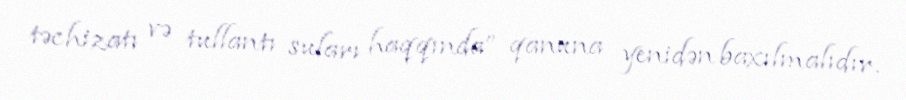
təchizatı və tullantı suları haqqında” qanuna yenidən baxılmalıdır.